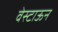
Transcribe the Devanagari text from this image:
वेस्टाऊन